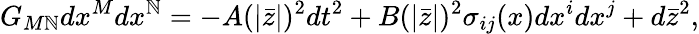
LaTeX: G_{M\mathbb{N}}dx^{M}dx^{\mathbb{N}}=-A(|\bar{{z}}|)^{2}dt^{2}+B(|\bar{{z}}|)^{2}\sigma_{ij}(x)dx^{i}dx^{j}+d\bar{{z}}^{2},